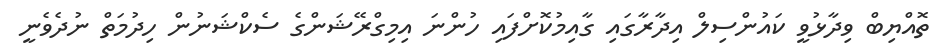
ތޮއްޔިބް ވިދާޅުވީ ކައުންސިލް އިދާރާގައި ގާއިމުކޮށްފައި ހުންނަ އިމިގްރޭޝަންގެ ސެކްޝަނުން ހިދުމަތް ނުދެވެނީ